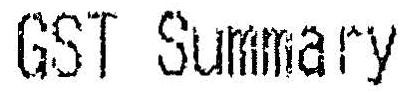
GST SUMMARY